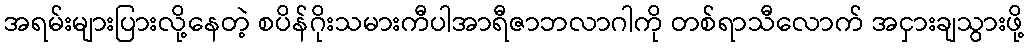
အရမ်းများပြားလို့နေတဲ့ စပိန်ဂိုးသမားကီပါအာရီဇာဘလာဂါကို တစ်ရာသီလောက် အငှားချသွားဖို့